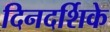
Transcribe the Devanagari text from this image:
दिनदर्शिके